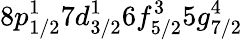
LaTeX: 8p_{1/2}^{1}7d_{3/2}^{1}6f_{5/2}^{3}5g_{7/2}^{4}